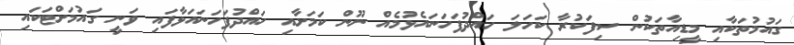
ގައުމުތަކާއި މީޑިއާތަކުން ސިފަކުރާ ކަހަލަ ހައްދުފަހަނައެޅުމެއް ނޫން ކަމަށާއި ހައްދުފަހަނައަޅާފައި ވަނީ ގައުމަށްޓަކައި